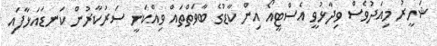
ޝަހީރު މިއަދުވެސް ވިދާޅުވީ އެސްޓީއޯ އިން ކާޑުގެ ބާވަތްތައް ވިއްކަނީ ސަރުކާރުން ކަނޑައަޅާފައި